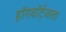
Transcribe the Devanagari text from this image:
हॉगवॉर्ट्‌जला